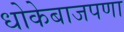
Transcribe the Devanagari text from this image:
धोकेबाजपणा